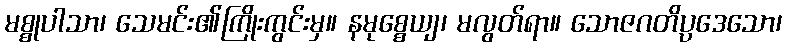
မစ္စုပါသာ၊ သေမင်း၏ကြိုးကွင်းမှ။ နမုစ္စေယျ၊ မလွတ်ရာ။ သောဇဂတိပ္ပဒေသော၊